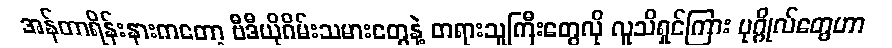
အန်တာရိန်းနားကတော့ ဗီဒီယိုဂိမ်းသမားတွေနဲ့ တရားသူကြီးတွေလို လူသိရှင်ကြား ပုဂ္ဂိုလ်တွေဟာ